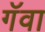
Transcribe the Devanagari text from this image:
गॅवा